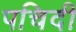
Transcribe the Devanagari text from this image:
पचिदी